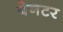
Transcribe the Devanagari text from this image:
बेनटर